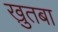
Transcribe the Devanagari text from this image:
खु़तबा